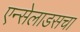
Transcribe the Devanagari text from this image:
एन्सेलाडसचा